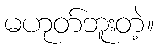
မဟုတ်ဘူးတဲ့။